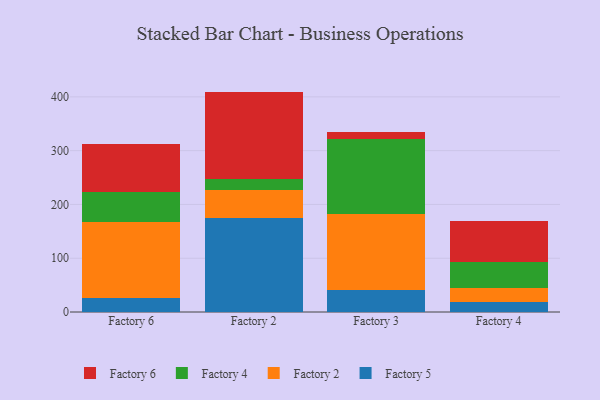
{"axis": {"x": "Factory", "y": "Page Views"}, "legend": ["Factory 2", "Factory 4", "Factory 5", "Factory 6"], "data": [{"x": "Factory 6", "y": 25.6, "type": "Factory 5"}, {"x": "Factory 6", "y": 142.3, "type": "Factory 2"}, {"x": "Factory 6", "y": 55.8, "type": "Factory 4"}, {"x": "Factory 6", "y": 89.5, "type": "Factory 6"}, {"x": "Factory 2", "y": 174.5, "type": "Factory 5"}, {"x": "Factory 2", "y": 51.8, "type": "Factory 2"}, {"x": "Factory 2", "y": 20.2, "type": "Factory 4"}, {"x": "Factory 2", "y": 163.3, "type": "Factory 6"}, {"x": "Factory 3", "y": 40.2, "type": "Factory 5"}, {"x": "Factory 3", "y": 142.7, "type": "Factory 2"}, {"x": "Factory 3", "y": 139.5, "type": "Factory 4"}, {"x": "Factory 3", "y": 11.4, "type": "Factory 6"}, {"x": "Factory 4", "y": 19.5, "type": "Factory 5"}, {"x": "Factory 4", "y": 26.0, "type": "Factory 2"}, {"x": "Factory 4", "y": 48.4, "type": "Factory 4"}, {"x": "Factory 4", "y": 75.7, "type": "Factory 6"}]}